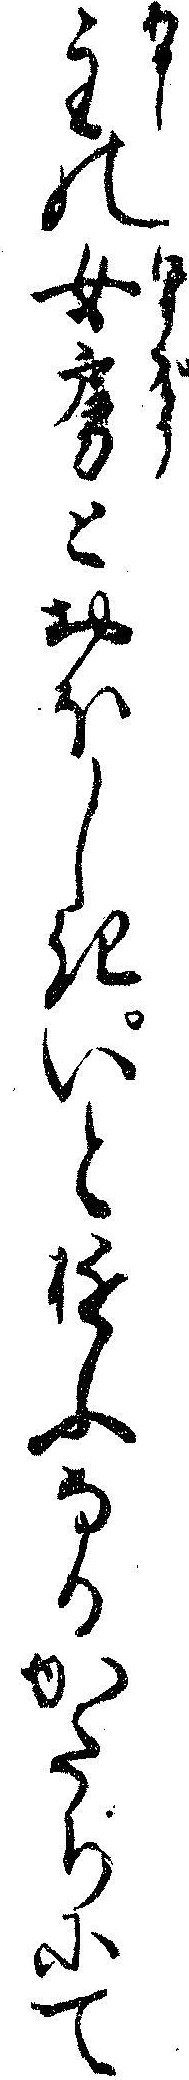
主の女房とおほしきいとゆふなるかたちにて